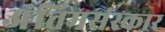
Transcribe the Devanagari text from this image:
अंतिमसंस्कार